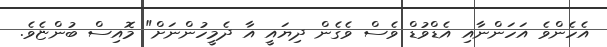
އެހެންވެ އަހަންނާއި އެޑްވުޑް ވެސް ވެގެން ދިޔައީ އާ ދެމީހުންނަށް" މޮއިސް ބުންޏެވެ.